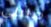
صليني